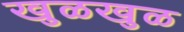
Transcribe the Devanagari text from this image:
खुळखुळ